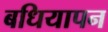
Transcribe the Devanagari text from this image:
बधियापन